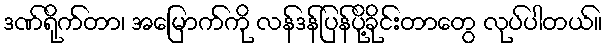
ဒဏ်ရိုက်တာ၊ အမြောက်ကို လန်ဒန်ပြန်ပို့ခိုင်းတာတွေ လုပ်ပါတယ်။